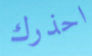
احذرك